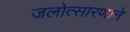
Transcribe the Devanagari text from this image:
जलोत्सारणाने